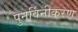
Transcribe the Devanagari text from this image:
पुनर्विनीकरण